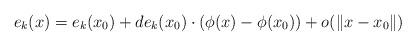
LaTeX: \begin{align*}e_{k}(x)=e_{k}(x_{0})+de_{k}(x_{0})\cdot(\phi(x)-\phi(x_{0}))+o(\|x-x_{0}\|)\end{align*}